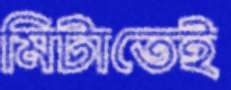
মিটাতেই